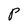
Character: P